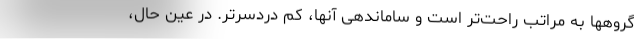
گروهها به مراتب راحت‌تر است و ساماندهی آنها، کم دردسرتر. در عین حال،